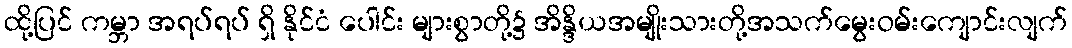
ထို့ပြင် ကမ္ဘာ အရပ်ရပ် ရှိ နိုင်ငံ ပေါင်း များစွာတို့၌ အိန္ဒိယအမျိုးသားတို့အသက်မွေးဝမ်းကျောင်းလျက်